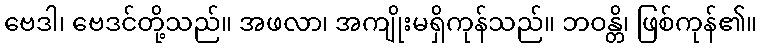
ဗေဒါ၊ ဗေဒင်တို့သည်။ အဖလာ၊ အကျိုးမရှိကုန်သည်။ ဘဝန္တိ၊ ဖြစ်ကုန်၏။